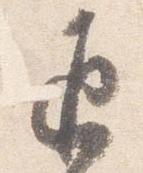
返